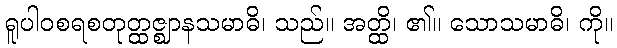
ရူပါဝစရစတုတ္ထဇ္ဈာနသမာဓိ၊ သည်။ အတ္ထိ၊ ၏။ သောသမာဓိ၊ ကို။